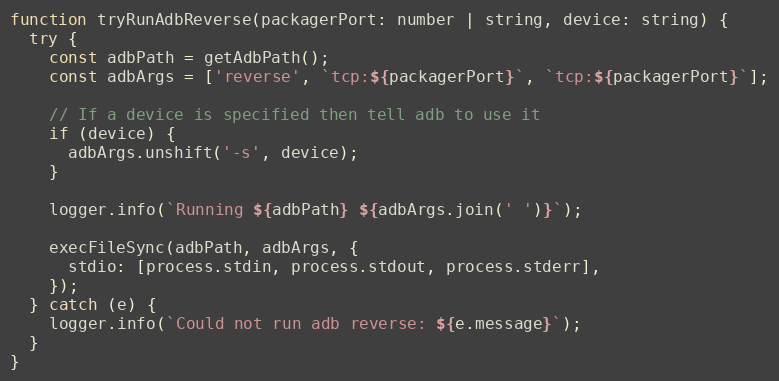
Language: JavaScript
function tryRunAdbReverse(packagerPort: number | string, device: string) {
  try {
    const adbPath = getAdbPath();
    const adbArgs = ['reverse', `tcp:${packagerPort}`, `tcp:${packagerPort}`];

    // If a device is specified then tell adb to use it
    if (device) {
      adbArgs.unshift('-s', device);
    }

    logger.info(`Running ${adbPath} ${adbArgs.join(' ')}`);

    execFileSync(adbPath, adbArgs, {
      stdio: [process.stdin, process.stdout, process.stderr],
    });
  } catch (e) {
    logger.info(`Could not run adb reverse: ${e.message}`);
  }
}